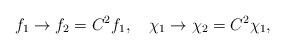
LaTeX: \begin{align*}f_1 \rightarrow f_2=C^2 f_1,\quad \chi_1 \rightarrow \chi_2=C^2\chi_1,\end{align*}